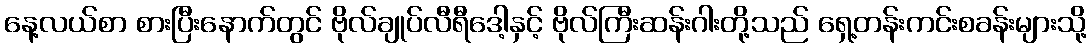
နေ့လယ်စာ စားပြီးနောက်တွင် ဗိုလ်ချုပ်လီရီဒေါ့နှင့် ဗိုလ်ကြီးဆန်းဂါးတို့သည် ရှေ့တန်းကင်းစခန်းများသို့